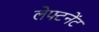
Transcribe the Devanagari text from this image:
लेफ्टनेंट